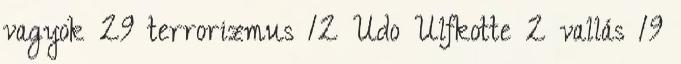
vagyok 29 terrorizmus 12 Udo Ulfkotte 2 vallás 19